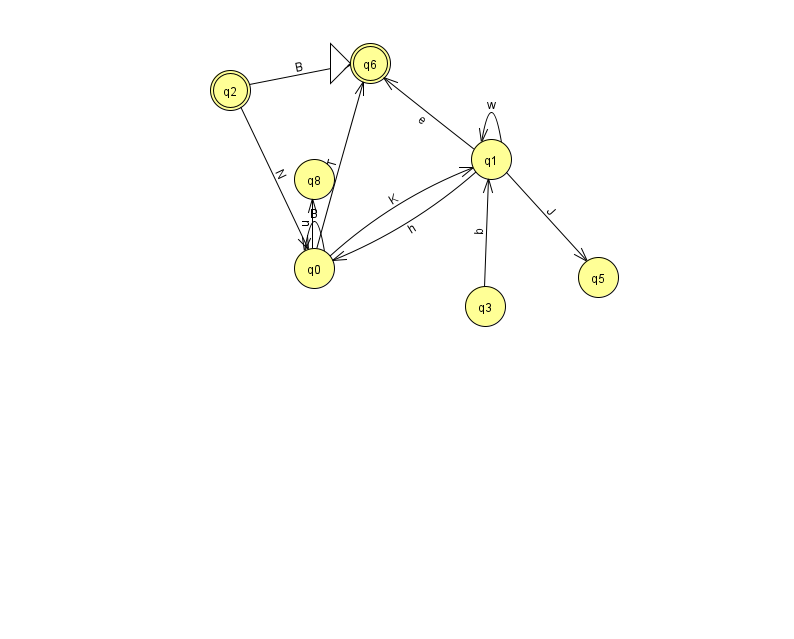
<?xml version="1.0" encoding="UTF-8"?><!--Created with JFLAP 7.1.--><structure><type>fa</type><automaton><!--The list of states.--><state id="0" name="q0"><x>314.0</x><y>255.0</y></state><state id="1" name="q1"><x>491.0</x><y>146.0</y></state><state id="2" name="q2"><x>230.0</x><y>77.0</y><final/></state><state id="3" name="q3"><x>485.0</x><y>293.0</y></state><state id="5" name="q5"><x>598.0</x><y>264.0</y></state><state id="6" name="q6"><x>370.0</x><y>50.0</y><initial/><final/></state><state id="8" name="q8"><x>314.0</x><y>166.0</y></state><!--The list of transitions.--><transition><from>0</from><to>1</to><read>K</read></transition><transition><from>1</from><to>5</to><read>J</read></transition><transition><from>0</from><to>0</to><read>B</read></transition><transition><from>1</from><to>0</to><read>h</read></transition><transition><from>2</from><to>0</to><read>N</read></transition><transition><from>0</from><to>6</to><read>T</read></transition><transition><from>1</from><to>1</to><read>w</read></transition><transition><from>3</from><to>1</to><read>b</read></transition><transition><from>0</from><to>8</to><read>u</read></transition><transition><from>2</from><to>6</to><read>B</read></transition><transition><from>1</from><to>6</to><read>e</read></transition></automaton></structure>